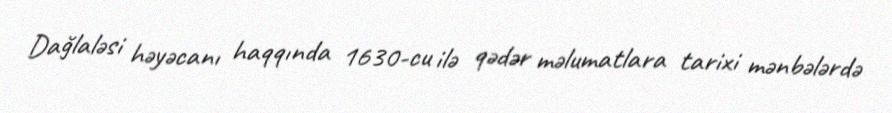
Dağlaləsi həyəcanı haqqında 1630-cu ilə qədər məlumatlara tarixi mənbələrdə